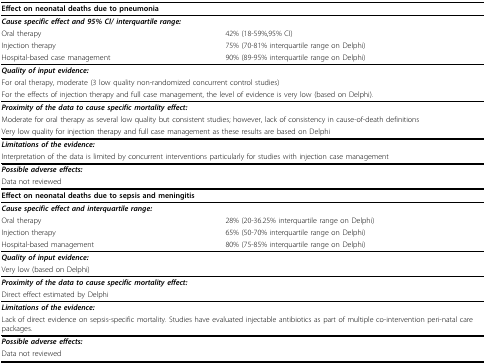
<table><thead><tr><td colspan="2"><b>Effect on neonatal deaths due to pneumonia</b></td></tr></thead><tbody><tr><td colspan="2"><i><b>Cause specific effect and 95% CI/ interquartile range:</b></i></td></tr><tr><td>Oral therapy</td><td>42% (18-59%,95% CI)</td></tr><tr><td>Injection therapy</td><td>75% (70-81% interquartile range on Delphi)</td></tr><tr><td>Hospital-based case management</td><td>90% (89-95% interquartile range on Delphi)</td></tr><tr><td colspan="2"><i><b>Quality of input evidence:</b></i></td></tr><tr><td colspan="2">For oral therapy, moderate (3 low quality non-randomized concurrent control studies)</td></tr><tr><td colspan="2">For the effects of injection therapy and full case management, the level of evidence is very low (based on Delphi).</td></tr><tr><td colspan="2"><i><b>Proximity of the data to cause specific mortality effect:</b></i></td></tr><tr><td colspan="2">Moderate for oral therapy as several low quality but consistent studies; however, lack of consistency in cause-of-death definitions</td></tr><tr><td colspan="2">Very low quality for injection therapy and full case management as these results are based on Delphi</td></tr><tr><td colspan="2"><i><b>Limitations of the evidence:</b></i></td></tr><tr><td colspan="2">Interpretation of the data is limited by concurrent interventions particularly for studies with injection case management</td></tr><tr><td colspan="2"><i><b>Possible adverse effects:</b></i></td></tr><tr><td colspan="2">Data not reviewed</td></tr><tr><td colspan="2"><b>Effect on neonatal deaths due to sepsis and meningitis</b></td></tr><tr><td colspan="2"><i><b>Cause specific effect and interquartile range:</b></i></td></tr><tr><td>Oral therapy</td><td>28% (20-36.25% interquartile range on Delphi)</td></tr><tr><td>Injection therapy</td><td>65% (50-70% interquartile range on Delphi)</td></tr><tr><td>Hospital-based management</td><td>80% (75-85% interquartile range on Delphi)</td></tr><tr><td colspan="2"><i><b>Quality of input evidence:</b></i></td></tr><tr><td colspan="2">Very low (based on Delphi)</td></tr><tr><td colspan="2"><i><b>Proximity of the data to cause specific mortality effect:</b></i></td></tr><tr><td colspan="2">Direct effect estimated by Delphi</td></tr><tr><td colspan="2"><i><b>Limitations of the evidence:</b></i></td></tr><tr><td colspan="2">Lack of direct evidence on sepsis-specific mortality. Studies have evaluated injectable antibiotics as part of multiple co-intervention peri-natal care packages.</td></tr><tr><td colspan="2"><i><b>Possible adverse effects:</b></i></td></tr><tr><td colspan="2">Data not reviewed</td></tr></tbody></table>